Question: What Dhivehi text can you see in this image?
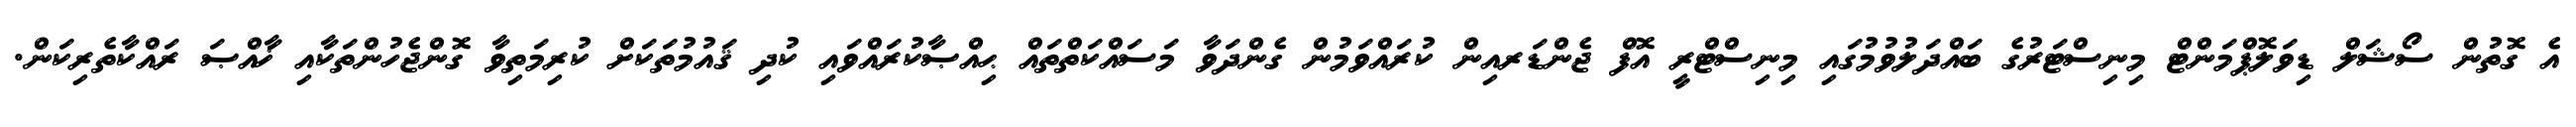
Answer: އެ ގޮތުން ސޯޝަލް ޑިވަލޮޕްމަންޓް މިނިސްޓަރުގެ ބައްދަލުވުމުގައި މިނިސްޓްރީ އޮފް ޖެންޑަރއިން ކުރައްވަމުން ގެންދަވާ މަސައްކަތްތައް ޙިއްޞާކުރައްވައި ކުދި ޤައުމުތަކަށް ކުރިމަތިވާ ގޮންޖެހުންތަކާއި ޚާއްޞަ ރައްކާތެރިކަން.